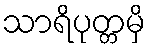
သာရိပုတ္တမှိ